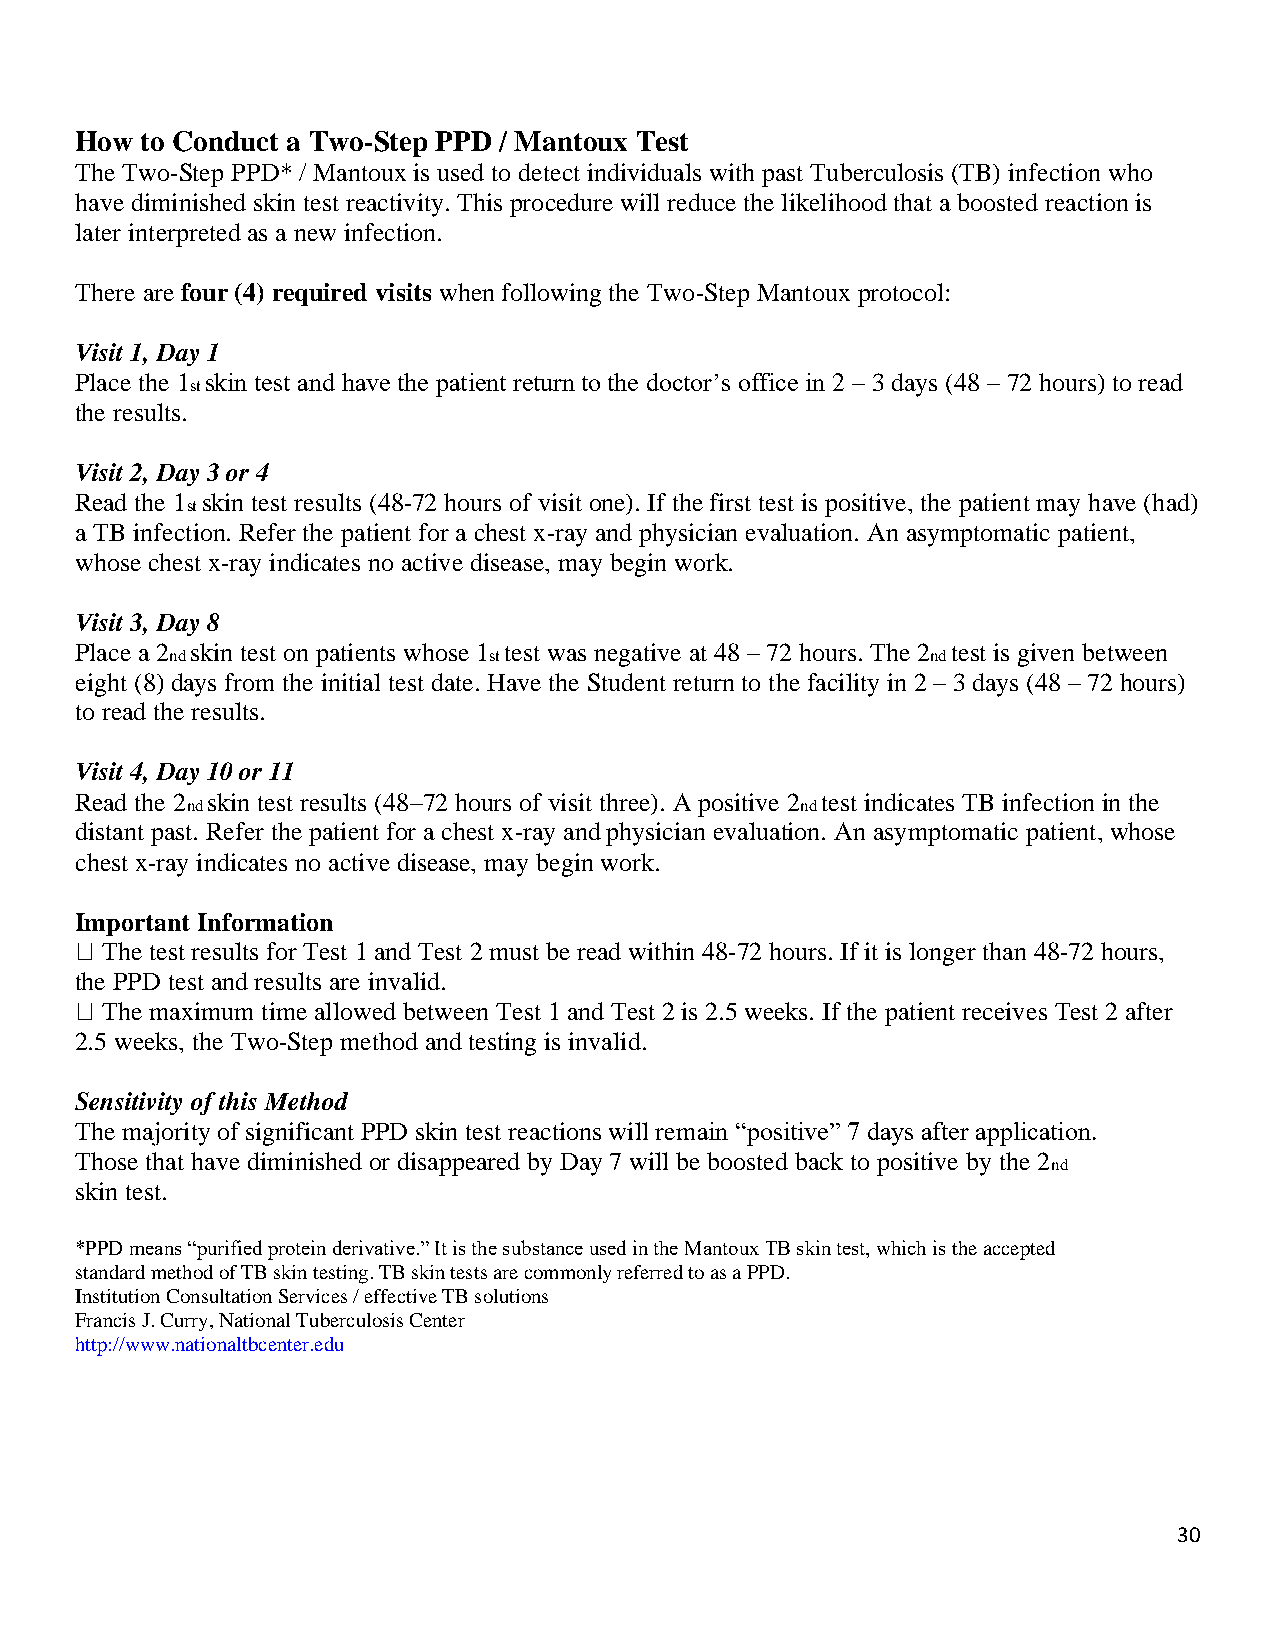
How to Conduct a Two-Step PPD / Mantoux Test
 The Two-Step PPD* / Mantoux is used to detect individuals with past Tuberculosis (TB) infection who
 have diminished skin test reactivity. This procedure will reduce the likelihood that a boosted reaction is
 later interpreted as a new infection.
 There are four (4) required visits when following the Two-Step Mantoux protocol:
 Visit 1, Day 1
 Place the 1 skin test and have the patient return to the doctor’s office in 2 – 3 days (48 – 72 hours) to read
 st
 the results.
 Visit 2, Day 3 or 4
 Read the 1 skin test results (48-72 hours of visit one). If the first test is positive, the patient may have (had)
 st
 a TB infection. Refer the patient for a chest x-ray and physician evaluation. An asymptomatic patient,
 whose chest x-ray indicates no active disease, may begin work.
 Visit 3, Day 8
 Place a 2 skin test on patients whose 1 test was negative at 48 – 72 hours. The 2 test is given between
 nd                   st                            nd
 eight (8) days from the initial test date. Have the Student return to the facility in 2 – 3 days (48 – 72 hours)
 to read the results.
 Visit 4, Day 10 or 11
 Read the 2 skin test results (48–72 hours of visit three). A positive 2 test indicates TB infection in the
 nd                                       nd
 distant past. Refer the patient for a chest x-ray and physician evaluation. An asymptomatic patient, whose
 chest x-ray indicates no active disease, may begin work.
 Important Information
 The test results for Test 1 and Test 2 must be read within 48-72 hours. If it is longer than 48-72 hours,
 the PPD test and results are invalid.
 The maximum time allowed between Test 1 and Test 2 is 2.5 weeks. If the patient receives Test 2 after
 2.5 weeks, the Two-Step method and testing is invalid.
 Sensitivity of this Method
 The majority of significant PPD skin test reactions will remain “positive” 7 days after application.
 Those that have diminished or disappeared by Day 7 will be boosted back to positive by the 2
 nd
 skin test.
 *PPD means “purified protein derivative.” It is the substance used in the Mantoux TB skin test, which is the accepted
 standard method of TB skin testing. TB skin tests are commonly referred to as a PPD.
 Institution Consultation Services / effective TB solutions
 Francis J. Curry, National Tuberculosis Center
 http://www.nationaltbcenter.edu
 30